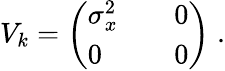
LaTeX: V_{k}=\left(\begin{array}{lll}{\sigma_{x}^{2}}&{}&{0}\\ {0}&{}&{0}\end{array}\right)\; .